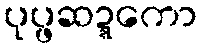
ပုပ္ဖဆဍ္ဍကော